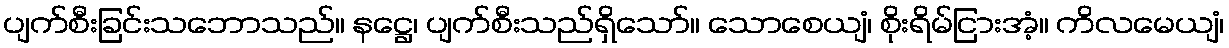
ပျက်စီးခြင်းသဘောသည်။ နဋ္ဌေ၊ ပျက်စီးသည်ရှိသော်။ သောစေယျံ၊ စိုးရိမ်ငြားအံ့။ ကိလမေယျံ၊